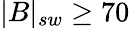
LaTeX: |B|_{sw}\geq 70